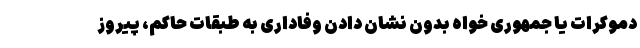
دموکرات یا جمهوری خواه بدون نشان دادن وفاداری به طبقات حاکم، پیروز